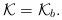
LaTeX: \begin{align*}\mathcal{K=K}_{b}. \end{align*}